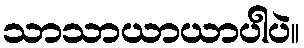
သာသာယာယာပါပဲ။